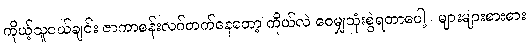
ကိုယ့်သူငယ်ချင်း ဇာကာစန်းလဂ်တက်နေတော့ ကိုယ်လဲ ဝေမျှသုံးစွဲရတာပေါ့ ၊ များများစားစား